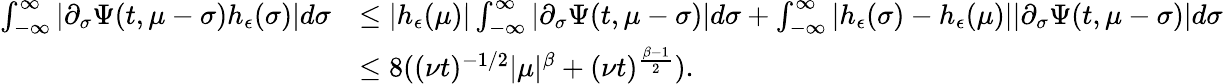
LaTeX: \begin{array}{rl}{\int_{-\infty}^{\infty}\left|\partial_{\sigma}\Psi(t,\mu-\sigma)h_{\epsilon}(\sigma)\right|d\sigma}&{\leq|h_{\epsilon}(\mu)|\int_{-\infty}^{\infty}\left|\partial_{\sigma}\Psi(t,\mu-\sigma)\right|d\sigma+\int_{-\infty}^{\infty}|h_{\epsilon}(\sigma)-h_{\epsilon}(\mu)||\partial_{\sigma}\Psi(t,\mu-\sigma)|d\sigma}\\ &{\leq 8((\nu t)^{-1/2}|\mu|^{\beta}+(\nu t)^{\frac{\beta-1}{2}}).}\end{array}